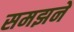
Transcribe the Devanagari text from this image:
समझनें